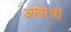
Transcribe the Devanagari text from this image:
अखेरचीं